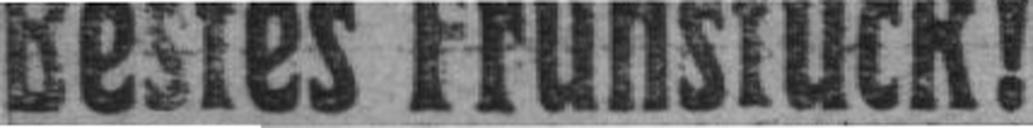
Bestes Frühstück!